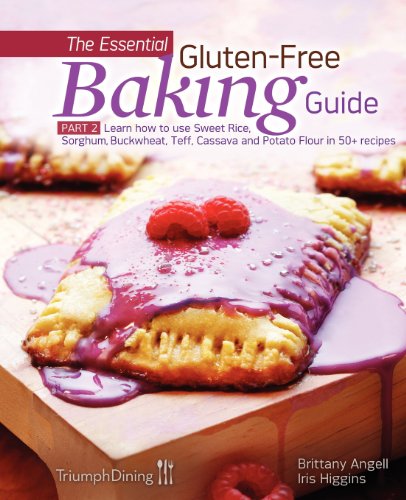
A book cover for The Essential Gluten-Free Baking Guide Part 2; Iris Higgins; Cookbooks, Food & Wine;